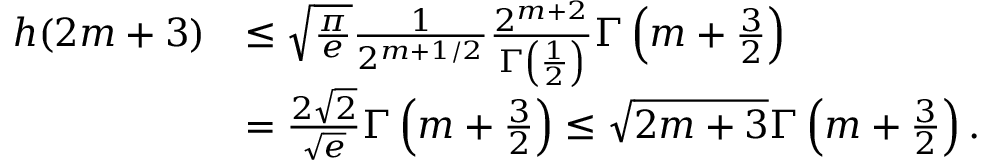
\begin{array} { r l } { h ( 2 m + 3 ) } & { \leq \sqrt { \frac { \pi } { e } } \frac { 1 } { 2 ^ { m + 1 / 2 } } \frac { 2 ^ { m + 2 } } { \Gamma \left( \frac { 1 } { 2 } \right) } \Gamma \left( m + \frac { 3 } { 2 } \right) } \\ & { = \frac { 2 \sqrt { 2 } } { \sqrt { e } } \Gamma \left( m + \frac { 3 } { 2 } \right) \leq \sqrt { 2 m + 3 } \Gamma \left( m + \frac { 3 } { 2 } \right) . } \end{array}